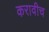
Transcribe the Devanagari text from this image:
करावीच